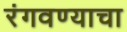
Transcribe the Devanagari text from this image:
रंगवण्याचा